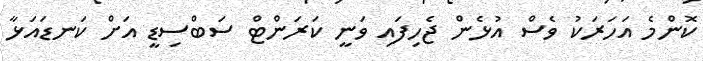
ކޮންމެ އަހަރަކު ވެސް އުޅެން ޖެހިފައި ވަނީ ކަރަންޓް ސަބްސިޑީ އަށް ކަނޑައަޅާ